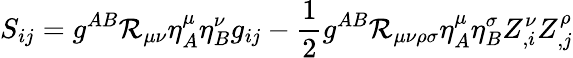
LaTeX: S_{ij}=g^{AB}{\cal R}_{\mu\nu}\eta_{A}^{\mu}\eta_{B}^{\nu}g_{ij}-\frac{1}{2}g^{AB}{\cal R}_{\mu\nu\rho\sigma}\eta_{A}^{\mu}\eta_{B}^{\sigma}Z_{,i}^{\nu}Z_{,j}^{\rho}